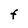
Character: F